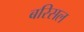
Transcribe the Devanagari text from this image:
बरिसल